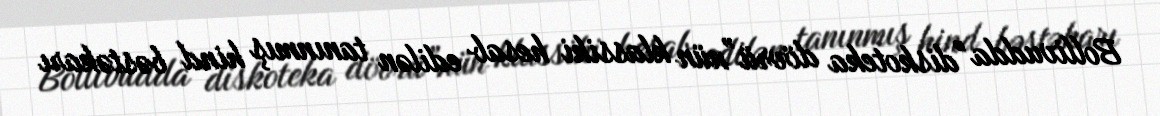
Bollivudda "diskoteka dövrü”nün klassiki hesab edilən tanınmış hind bəstəkarı